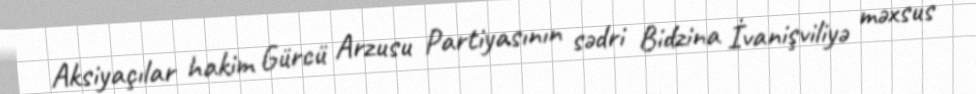
Aksiyaçılar hakim Gürcü Arzusu Partiyasının sədri Bidzina İvanişviliyə məxsus